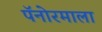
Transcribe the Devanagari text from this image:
पॅनोरमाला